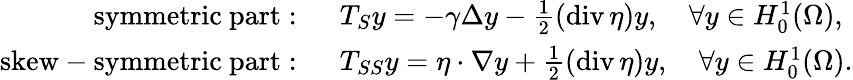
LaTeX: \begin{array}{rl}{\mathrm{symmetric~part:~}}&{T_{S}y=-\gamma\Delta y-\frac{1}{2}(\operatorname{div}\mathbf{\eta})y,\quad\forall y\in H_{0}^{1}(\Omega),}\\ {\mathrm{skew-symmetric~part:~}}&{T_{SS}y=\mathbf{\eta}\cdot\nabla y+\frac{1}{2}(\operatorname{div}\mathbf{\eta})y,\quad\forall y\in H_{0}^{1}(\Omega).}\end{array}